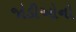
જોડીઓનો